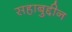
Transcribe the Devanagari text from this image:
सहाबुद्दीन